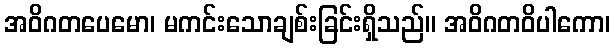
အဝိဂတပေမော၊ မကင်းသောချစ်းခြင်းရှိသည်။ အဝိဂတဝိပါကော၊